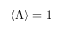
\langle \Lambda \rangle = 1